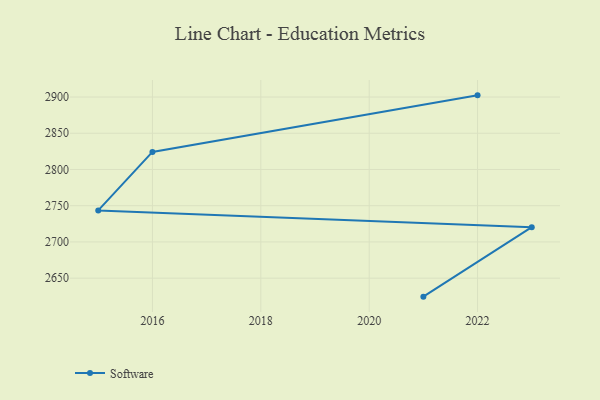
{"axis": {"x": "Year", "y": "Revenue (USD Million)"}, "legend": ["Software"], "data": [{"x": "2022", "y": 2902.3, "type": "Software"}, {"x": "2016", "y": 2824.2, "type": "Software"}, {"x": "2015", "y": 2743.5, "type": "Software"}, {"x": "2023", "y": 2720.4, "type": "Software"}, {"x": "2021", "y": 2624.5, "type": "Software"}]}